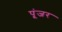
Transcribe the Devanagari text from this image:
पूंजर